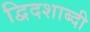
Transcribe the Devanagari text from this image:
द्विदशाब्दी